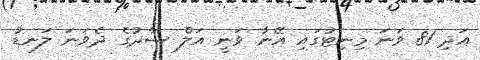
އަދި 81 ވަނަ މިނިޓުގައި އޭނާ ވަނީ އަލް ސާދުގެ ދެވަނަ ލަނޑު